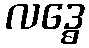
လဒ္ဓေ